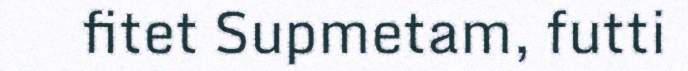
fitet Supmetam, futti